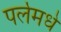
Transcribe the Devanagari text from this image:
पर्लमधे